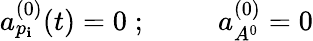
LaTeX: a_{p_{\mathbf{i}}}^{(0)}(t)=0\; ;\; \; \; \; \; \; \; \; \; a_{A^{0}}^{(0)}=0